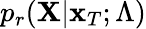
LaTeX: p_{r}(\mathbf{X}|\mathbf{x}_{T};\Lambda)